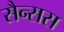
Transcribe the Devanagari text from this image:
सैन्सस